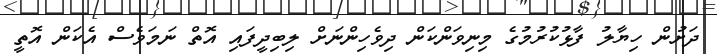
ދަށުން ހިޔާލު ފާޅުކުރުމުގެ މިނިވަންކަން ދިވެހިންނަށް ލިބިދީފައި އޮތް ނަމަވެސް އެކަން އޮތީ